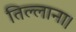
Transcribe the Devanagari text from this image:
तिल्लाना।